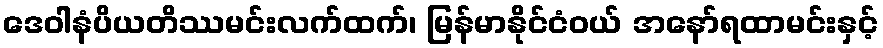
ဒေဝါနံပိယတိဿမင်းလက်ထက်၊ မြန်မာနိုင်ငံဝယ် အနော်ရထာမင်းနှင့်